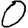
Digit: 0